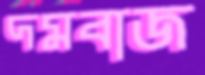
দমবাজ